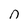
Character: n